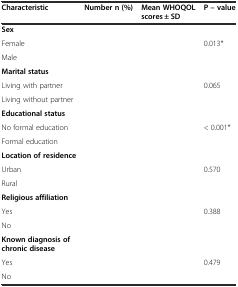
<table><thead><tr><td><b>Characteristic</b></td><td><b>Number n (%)</b></td><td><b>Mean WHOQOL scores ± SD</b></td><td><b>P – value</b></td></tr></thead><tbody><tr><td><b>Sex</b></td><td>[EMPTY_CELL]</td><td>[EMPTY_CELL]</td><td>[EMPTY_CELL]</td></tr><tr><td>Female</td><td>[EMPTY_CELL]</td><td>[EMPTY_CELL]</td><td>0.013*</td></tr><tr><td>Male</td><td>[EMPTY_CELL]</td><td>[EMPTY_CELL]</td><td>[EMPTY_CELL]</td></tr><tr><td><b>Marital status</b></td><td>[EMPTY_CELL]</td><td>[EMPTY_CELL]</td><td>[EMPTY_CELL]</td></tr><tr><td>Living with partner</td><td>[EMPTY_CELL]</td><td>[EMPTY_CELL]</td><td>0.065</td></tr><tr><td>Living without partner</td><td>[EMPTY_CELL]</td><td>[EMPTY_CELL]</td><td>[EMPTY_CELL]</td></tr><tr><td><b>Educational status</b></td><td>[EMPTY_CELL]</td><td>[EMPTY_CELL]</td><td>[EMPTY_CELL]</td></tr><tr><td>No formal education</td><td>[EMPTY_CELL]</td><td>[EMPTY_CELL]</td><td>&lt; 0.001*</td></tr><tr><td>Formal education</td><td>[EMPTY_CELL]</td><td>[EMPTY_CELL]</td><td>[EMPTY_CELL]</td></tr><tr><td><b>Location of residence</b></td><td>[EMPTY_CELL]</td><td>[EMPTY_CELL]</td><td>[EMPTY_CELL]</td></tr><tr><td>Urban</td><td>[EMPTY_CELL]</td><td>[EMPTY_CELL]</td><td>0.570</td></tr><tr><td>Rural</td><td>[EMPTY_CELL]</td><td>[EMPTY_CELL]</td><td>[EMPTY_CELL]</td></tr><tr><td><b>Religious affiliation</b></td><td>[EMPTY_CELL]</td><td>[EMPTY_CELL]</td><td>[EMPTY_CELL]</td></tr><tr><td>Yes</td><td>[EMPTY_CELL]</td><td>[EMPTY_CELL]</td><td>0.388</td></tr><tr><td>No</td><td>[EMPTY_CELL]</td><td>[EMPTY_CELL]</td><td>[EMPTY_CELL]</td></tr><tr><td><b>Known diagnosis of chronic disease</b></td><td>[EMPTY_CELL]</td><td>[EMPTY_CELL]</td><td>[EMPTY_CELL]</td></tr><tr><td>Yes</td><td>[EMPTY_CELL]</td><td>[EMPTY_CELL]</td><td>0.479</td></tr><tr><td>No</td><td>[EMPTY_CELL]</td><td>[EMPTY_CELL]</td><td>[EMPTY_CELL]</td></tr></tbody></table>